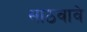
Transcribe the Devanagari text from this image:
साठवावे